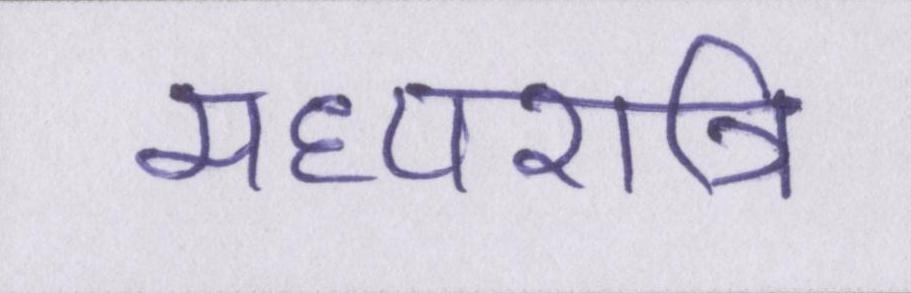
मध्यरात्रि